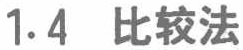
1.4 比较法